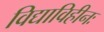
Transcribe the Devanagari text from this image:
विद्याविहीनः